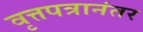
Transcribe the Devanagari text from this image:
वृत्तपत्रानंतर